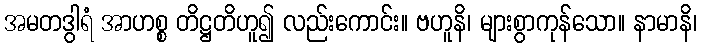
အမတဒွါရံ အာဟစ္စ တိဋ္ဌတိဟူ၍ လည်းကောင်း။ ဗဟူနိ၊ များစွာကုန်သော။ နာမာနိ၊